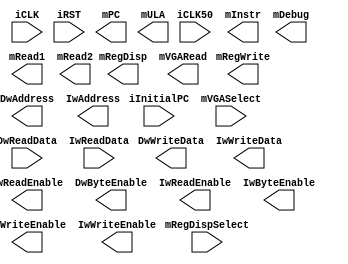
module CPU (
    input  wire        iCLK, iCLK50, iRST,
    input  wire [63:0] iInitialPC,
	 
    /*------- MONITORAMENTO -------*/
    input  wire [4:0]  mRegDispSelect,
    input  wire [4:0]  mVGASelect,
    output wire [63:0] mPC,
    output wire [31:0] mInstr,
    output wire [63:0] mDebug,
    output wire [63:0] mRegDisp,
    output wire [63:0] mVGARead,
    output wire [63:0] mRead1,
    output wire [63:0] mRead2,
    output wire [63:0] mRegWrite,
    output wire [63:0] mULA,	 
	 
    /*------- BARRAMENTO DE DADOS -------*/
    input  wire [63:0] DwReadData,
    output wire        DwReadEnable, DwWriteEnable,
    output wire [3:0]  DwByteEnable,
    output wire [63:0] DwAddress,
    output wire [63:0] DwWriteData,

    /*------- BARRAMENTO DE INSTRUÇOES -------*/
    input  wire [31:0] IwReadData,
    output wire        IwReadEnable, IwWriteEnable,
    output wire [3:0]  IwByteEnable,
    output wire [63:0] IwAddress,
    output wire [31:0] IwWriteData
);

`ifdef UNICICLO
DATAPATH_UNI Processor (
    .iCLK(iCLK),
    .iCLK50(iCLK50),
    .iRST(iRST),
    .iInitialPC(iInitialPC),

    /*------- MONITORAMENTO -------*/
    .mPC(mPC),
    .mInstr(mInstr),
    .mDebug(mDebug),
    .mRegDispSelect(mRegDispSelect),
    .mRegDisp(mRegDisp),
    .mVGASelect(mVGASelect),
    .mVGARead(mVGARead),
    .mRead1(mRead1),
    .mRead2(mRead2),
    .mRegWrite(mRegWrite),
    .mULA(mULA),

    /*------- BARRAMENTO DE DADOS -------*/
    .DwReadEnable(DwReadEnable), 
    .DwWriteEnable(DwWriteEnable),
    .DwByteEnable(DwByteEnable),
    .DwWriteData(DwWriteData),
    .DwReadData(DwReadData),
    .DwAddress(DwAddress),
        
    /*------- BARRAMENTO DE INSTRUÇOES -------*/
    .IwReadEnable(IwReadEnable), 
    .IwWriteEnable(IwWriteEnable),
    .IwByteEnable(IwByteEnable),
    .IwWriteData(IwWriteData),
    .IwReadData(IwReadData),
    .IwAddress(IwAddress)
);
 `endif
 
 endmodule